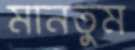
মানতুম